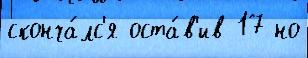
сконча́лс'я оста́в'ив 17 но